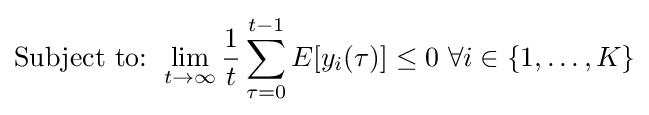
{\text{Subject to: }}\lim _{t\rightarrow \infty }{\frac {1}{t}}\sum _{\tau =0}^{t-1}E[y_{i}(\tau )]\leq 0{\text{  }}\forall i\in \{1,\ldots ,K\}